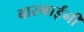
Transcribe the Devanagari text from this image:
बारभाईंनी